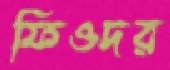
ফিওদর